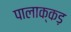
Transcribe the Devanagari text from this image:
पालाक्कड़